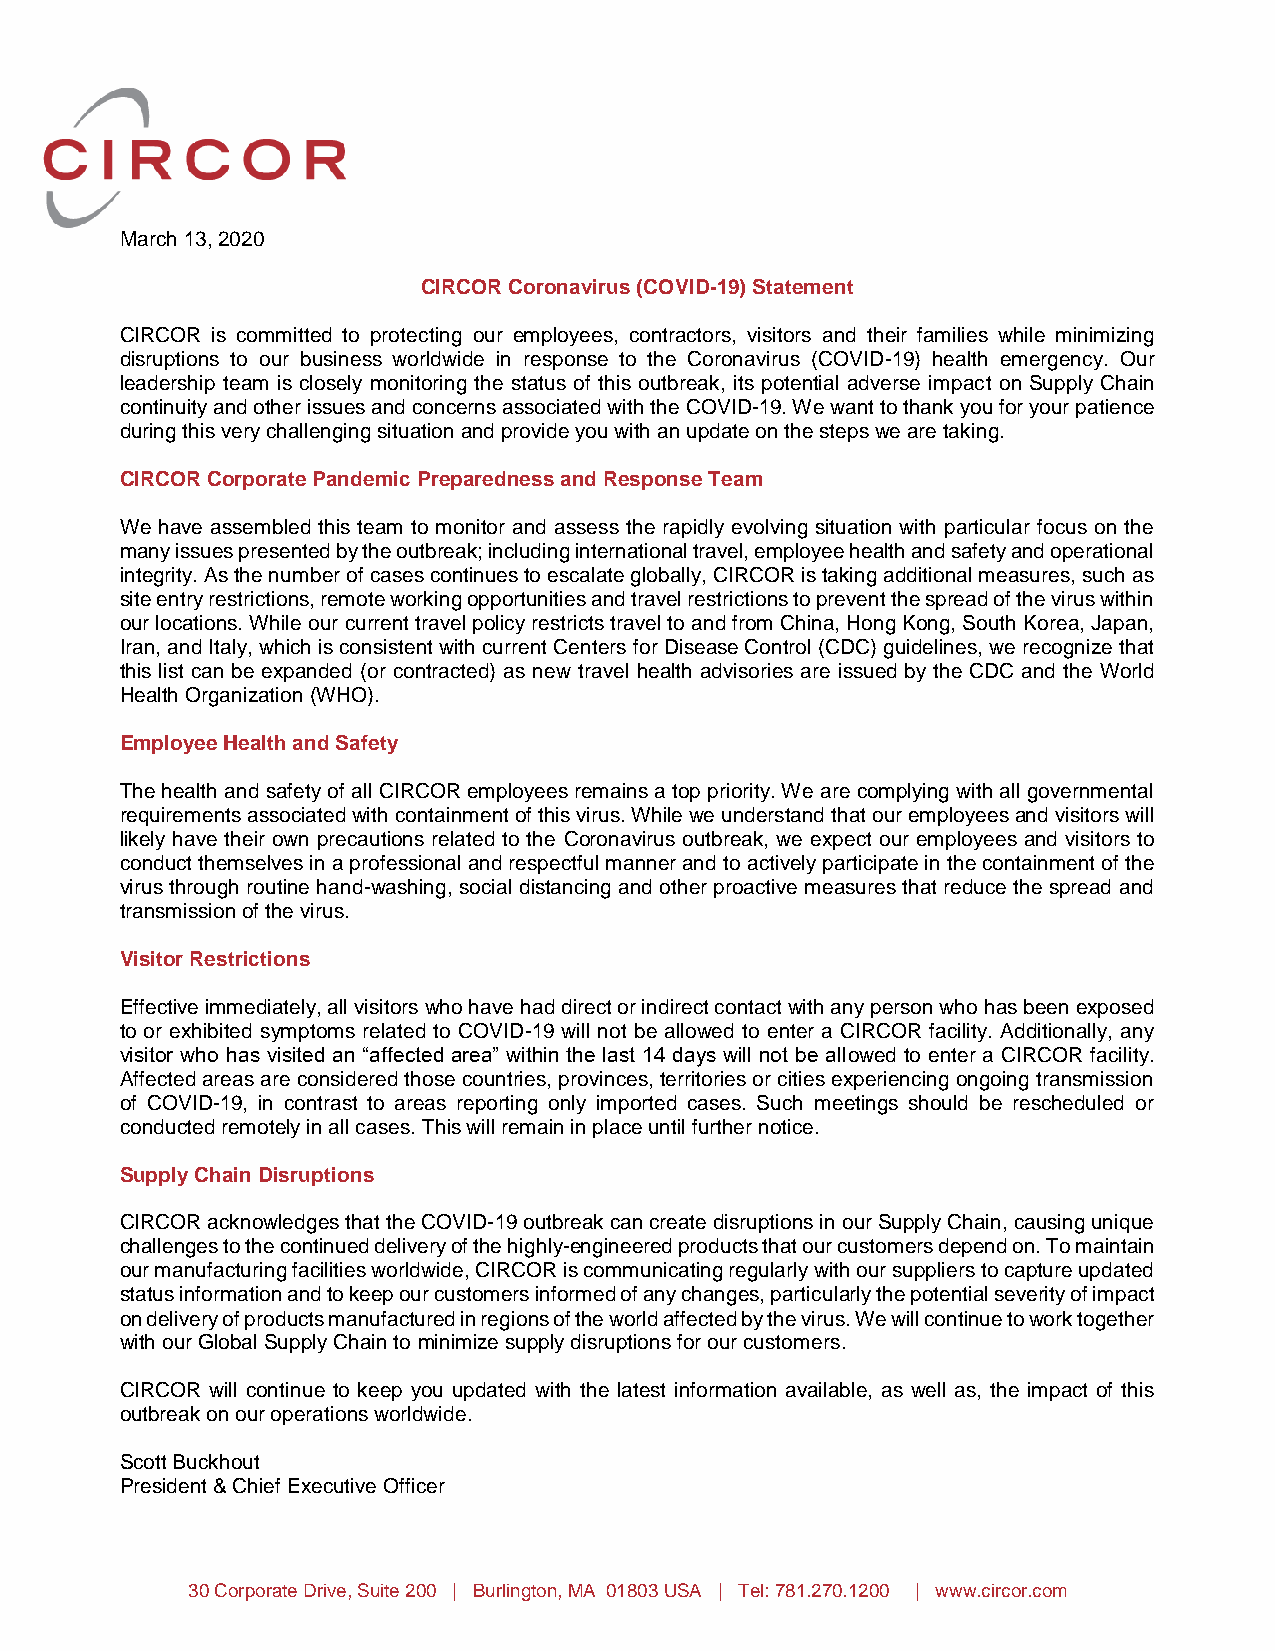
March 13, 2020
 CIRCOR Coronavirus (COVID-19) Statement
 CIRCOR is committed to protecting our employees, contractors, visitors and their families while minimizing
 disruptions to our business worldwide in response to the Coronavirus (COVID-19) health emergency. Our
 leadership team is closely monitoring the status of this outbreak, its potential adverse impact on Supply Chain
 continuity and other issues and concerns associated with the COVID-19. We want to thank you for your patience
 during this very challenging situation and provide you with an update on the steps we are taking.
 CIRCOR Corporate Pandemic Preparedness and Response Team
 We have assembled this team to monitor and assess the rapidly evolving situation with particular focus on the
 many issues presented by the outbreak; including international travel, employee health and safety and operational
 integrity. As the number of cases continues to escalate globally, CIRCOR is taking additional measures, such as
 site entry restrictions, remote working opportunities and travel restrictions to prevent the spread of the virus within
 our locations. While our current travel policy restricts travel to and from China, Hong Kong, South Korea, Japan,
 Iran, and Italy, which is consistent with current Centers for Disease Control (CDC) guidelines, we recognize that
 this list can be expanded (or contracted) as new travel health advisories are issued by the CDC and the World
 Health Organization (WHO).
 Employee Health and Safety
 The health and safety of all CIRCOR employees remains a top priority. We are complying with all governmental
 requirements associated with containment of this virus. While we understand that our employees and visitors will
 likely have their own precautions related to the Coronavirus outbreak, we expect our employees and visitors to
 conduct themselves in a professional and respectful manner and to actively participate in the containment of the
 virus through routine hand-washing, social distancing and other proactive measures that reduce the spread and
 transmission of the virus.
 Visitor Restrictions
 Effective immediately, all visitors who have had direct or indirect contact with any person who has been exposed
 to or exhibited symptoms related to COVID-19 will not be allowed to enter a CIRCOR facility. Additionally, any
 visitor who has visited an “affected area” within the last 14 days will not be allowed to enter a CIRCOR facility.
 Affected areas are considered those countries, provinces, territories or cities experiencing ongoing transmission
 of COVID-19, in contrast to areas reporting only imported cases. Such meetings should be rescheduled or
 conducted remotely in all cases. This will remain in place until further notice.
 Supply Chain Disruptions
 CIRCOR acknowledges that the COVID-19 outbreak can create disruptions in our Supply Chain, causing unique
 challenges to the continued delivery of the highly-engineered products that our customers depend on. To maintain
 our manufacturing facilities worldwide, CIRCOR is communicating regularly with our suppliers to capture updated
 status information and to keep our customers informed of any changes, particularly the potential severity of impact
 on delivery of products manufactured in regions of the world affected by the virus. We will continue to work together
 with our Global Supply Chain to minimize supply disruptions for our customers.
 CIRCOR will continue to keep you updated with the latest information available, as well as, the impact of this
 outbreak on our operations worldwide.
 Scott Buckhout
 President & Chief Executive Officer
 30 Corporate Drive, Suite 200 | Burlington, MA 01803 USA | Tel: 781.270.1200 | www.circor.com